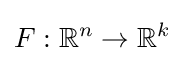
F:\mathbb {R} ^{n}\rightarrow \mathbb {R} ^{k}